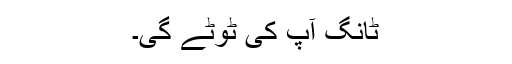
ٹانگ آپ کی ٹوٹے گی۔